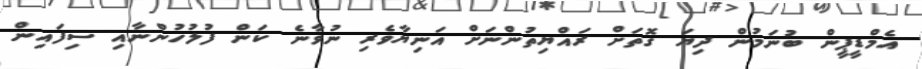
އެމްޑީޕީން ބުނަމުން ދިޔަ ގޮތަށް ރައްޔިތުންނަށް އަނިޔާވެރި ނުވާނެ ކަން ފުލުހުންނާއި ސިފައިން